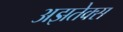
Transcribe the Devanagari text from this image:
अझतेक्स